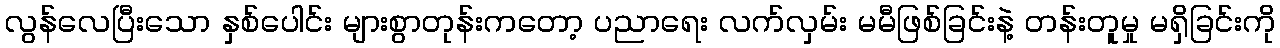
လွန်လေပြီးသော နှစ်ပေါင်း များစွာတုန်းကတော့ ပညာရေး လက်လှမ်း မမီဖြစ်ခြင်းနဲ့ တန်းတူမှု မရှိခြင်းကို